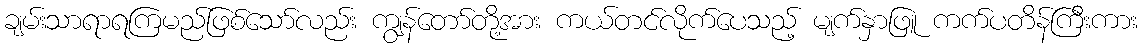
ချမ်းသာရာရကြမည်ဖြစ်သော်လည်း ကျွန်တော်တို့အား ကယ်တင်လိုက်ပေသည့် မျက်နှာဖြူ ကက်ပတိန်ကြီးကား